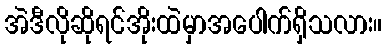
အဲဒီလိုဆိုရင်အိုးထဲမှာအပေါက်ရှိသလား။